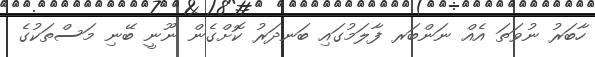
ހާބަރު ނުވަތަ އެއް ނަންބަރ ފާލަމުގައި ބަނދަރު ކޮށްގެން ނޫނީ ބޭނި މަސްތަކުގެ